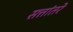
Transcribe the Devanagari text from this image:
सत्तांतरे